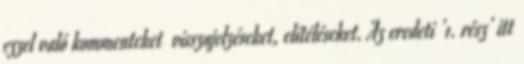
ezzel való kommenteket visszajelzéseket, elítéléseket. Az eredeti '1. rész' itt